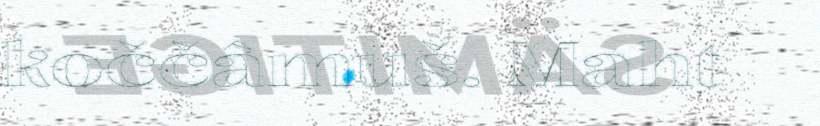
koččâmuš. Maht